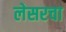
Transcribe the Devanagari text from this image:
लेसरचा